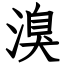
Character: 溴